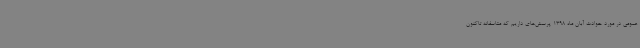
عمومی در مورد حوادث آبان ماه 1398 پرسش‌های داریم که متاسفانه تاکنون